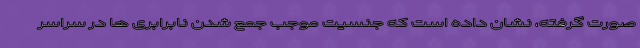
صورت گرفته، نشان داده است که جنسیت موجب جمع شدن نابرابری ها در سراسر